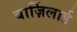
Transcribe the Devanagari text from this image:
बार्ज़िलाई